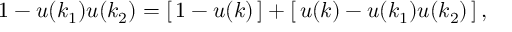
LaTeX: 1 - u ( k _ { 1 } ) u ( k _ { 2 } ) = \left[ \, 1 - u ( k ) \, \right] + \left[ \, u ( k ) - u ( k _ { 1 } ) u ( k _ { 2 } ) \, \right] ,